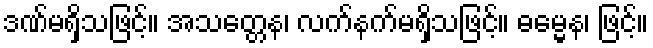
ဒဏ်မရှိသဖြင့်။ အသတ္တေန၊ လက်နက်မရှိသဖြင့်။ ဓမ္မေန၊ ဖြင့်။